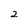
Character: 2